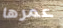
عمرها